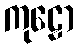
ကုဠော